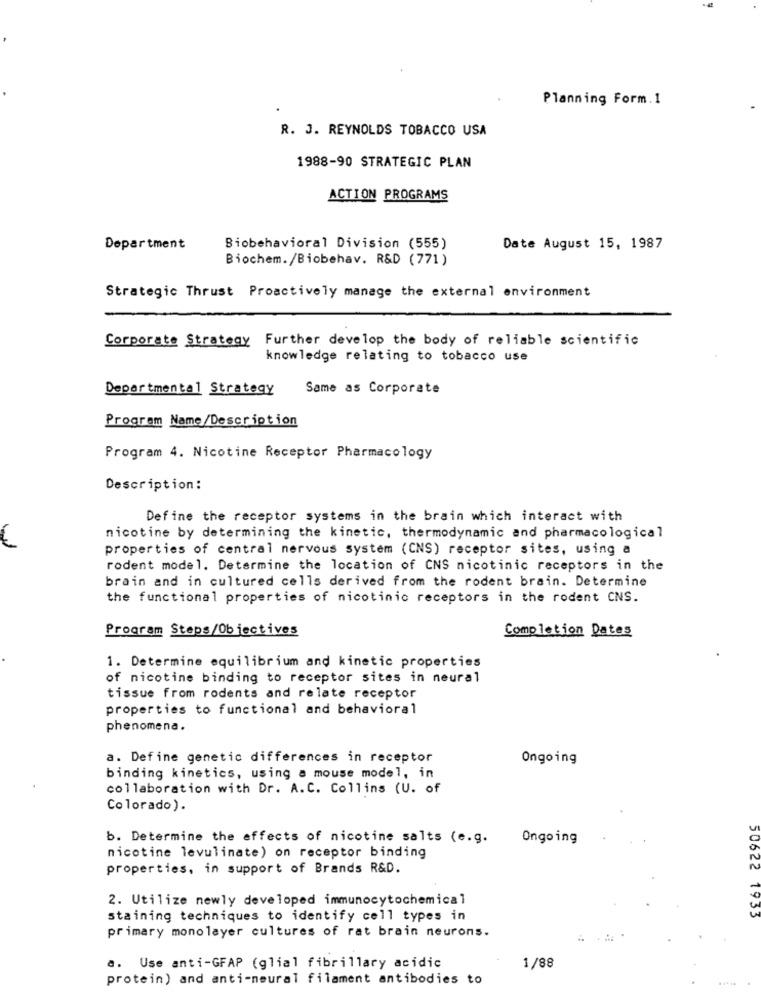
Planning Form.1
R. J. REYNOLDS TOBACCO USA
1988-90 STRATEGIC PLAN
ACTION PROGRAMS
Department
Biobehavioral Division (555)
Date August 15, 1987
Biochem./Biobehav. R&D (771)
Strategic Thrust Proactively manage the external environment
Corporate Strategy Further develop the body of reliable scientific
knowledge relating to tobacco use
Departmental Strategy
Same as Corporate
Program Name/Description
Program 4. Nicotine Receptor Pharmacology
Description :
Define the receptor systems in the brain which interact with
nicotine by determining the kinetic, thermodynamic and pharmacological
properties of central nervous system (CNS) receptor sites, using a
rodent model. Determine the location of CNS nicotinic receptors in the
brain and in cultured cells derived from the rodent brain. Determine
the functional properties of nicotinic receptors in the rodent CNS.
Program Steps/Objectives
Completion Dates
1. Determine equilibrium and kinetic properties
of nicotine binding to receptor sites in neural
tissue from rodents and relate receptor
properties to functional and behavioral
phenomena.
a. Define genetic differences in receptor
Ongoing
binding kinetics, using a mouse model, in
collaboration with Dr. A.C. Collins (U. of
Colorado).
b. Determine the effects of nicotine salts (e.g.
Ongoing
nicotine levulinate) on receptor binding
properties, in support of Brands R&D.
2. Utilize newly developed immunocytochemical
staining techniques to identify cell types in
50622 1933
primary monolayer cultures of rat brain neurons.
1/88
a. Use anti-GFAP (glial fibrillary acidic
protein) and anti-neural filament antibodies to